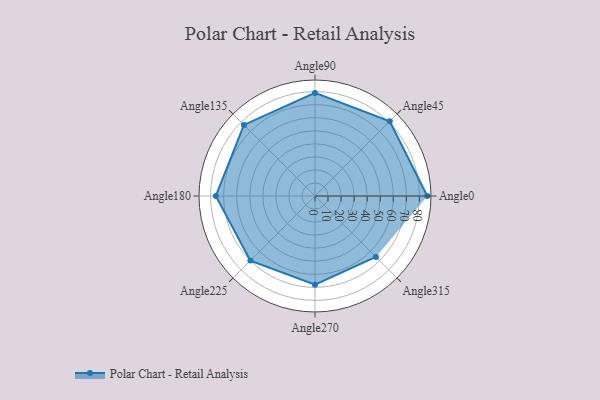
{"axis": {"x": "Angle", "y": "Radius"}, "legend": [""], "data": [{"x": "Angle0", "y": 86.0, "type": ""}, {"x": "Angle45", "y": 81.0, "type": ""}, {"x": "Angle90", "y": 79.0, "type": ""}, {"x": "Angle135", "y": 77.0, "type": ""}, {"x": "Angle180", "y": 76.0, "type": ""}, {"x": "Angle225", "y": 70.0, "type": ""}, {"x": "Angle270", "y": 68.0, "type": ""}, {"x": "Angle315", "y": 66.0, "type": ""}]}